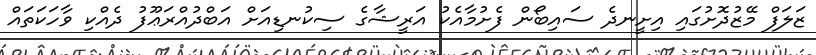
ޒަލަފް މޭޒުދޮށުގައި އިށީނދެ ސައިބޯން ފެށުމާއެކު އަރީޝާގެ ސިކުނޑިއަށް އަބްދުއްރަޢޫފު ދެއްކި ވާހަކަތައް